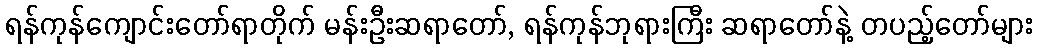
ရန်ကုန်ကျောင်းတော်ရာတိုက် မန်းဦးဆရာတော်, ရန်ကုန်ဘုရားကြီး ဆရာတော်နဲ့ တပည့်တော်များ